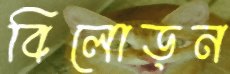
বিলোড়ন